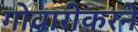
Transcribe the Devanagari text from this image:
गोवारीकरने